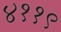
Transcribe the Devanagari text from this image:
४११९